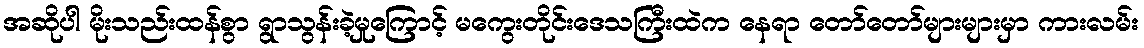
အဆိုပါ မိုးသည်းထန်စွာ ရွာသွန်းခဲ့မှုကြောင့် မကွေးတိုင်းဒေသကြီးထဲက နေရာ တော်တော်များများမှာ ကားလမ်း